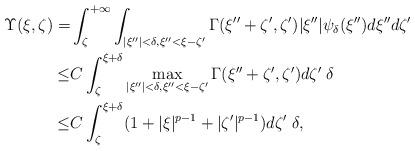
LaTeX: \begin{align*}\Upsilon(\xi,\zeta)=&\int_\zeta^{+\infty}\int_{|\xi''|<\delta,\xi''<\xi-\zeta'}\Gamma(\xi''+\zeta',\zeta')|\xi''|\psi_\delta(\xi'') d\xi''d\zeta'\\\leq&C\int_{\zeta}^{\xi+\delta}\max_{|\xi''|<\delta,\xi''<\xi-\zeta'}\Gamma(\xi''+\zeta',\zeta') d\zeta'\; \delta\\\leq &C \int_{\zeta}^{\xi+\delta}(1+|\xi|^{p-1}+|\zeta'|^{p-1}) d\zeta'\; \delta,\end{align*}